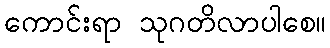
ကောင်းရာ သုဂတိလာပါစေ။